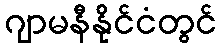
ဂျာမနီနိုင်ငံတွင်